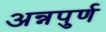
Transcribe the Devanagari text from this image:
अन्नपुर्ण